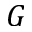
G